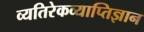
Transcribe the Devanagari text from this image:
व्यतिरेकव्याप्तिज्ञान